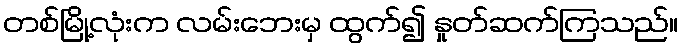
တစ်မြို့လုံးက လမ်းဘေးမှ ထွက်၍ နှုတ်ဆက်ကြသည်။